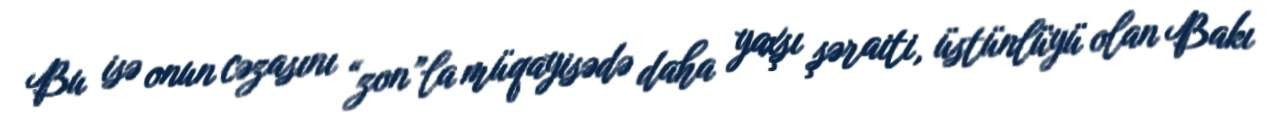
Bu isə onun cəzasını “zon”la müqayisədə daha yaxşı şəraiti, üstünlüyü olan Bakı